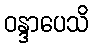
ဝန္ဒာပေသိ